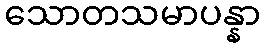
သောတသမာပန္နာ